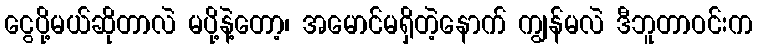
ငွေပို့မယ်ဆိုတာလဲ မပို့နဲ့တော့၊ အမောင်မရှိတဲ့နောက် ကျွန်မလဲ ဒီဘူတာဝင်းက